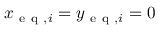
x _ { \mathrm { ~ e ~ q ~ } , i } = y _ { \mathrm { ~ e ~ q ~ } , i } = 0